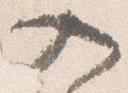
入